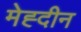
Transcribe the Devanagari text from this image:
मेह्दीन